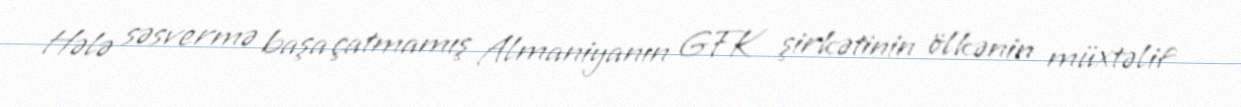
Hələ səsvermə başa çatmamış Almaniyanın GFK şirkətinin ölkənin müxtəlif